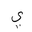
Letter: _ya